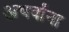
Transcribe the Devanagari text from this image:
अथर्वांना